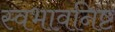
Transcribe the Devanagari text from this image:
स्वभावनिष्ट